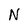
Character: N